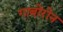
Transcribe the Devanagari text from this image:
गाबोरोन